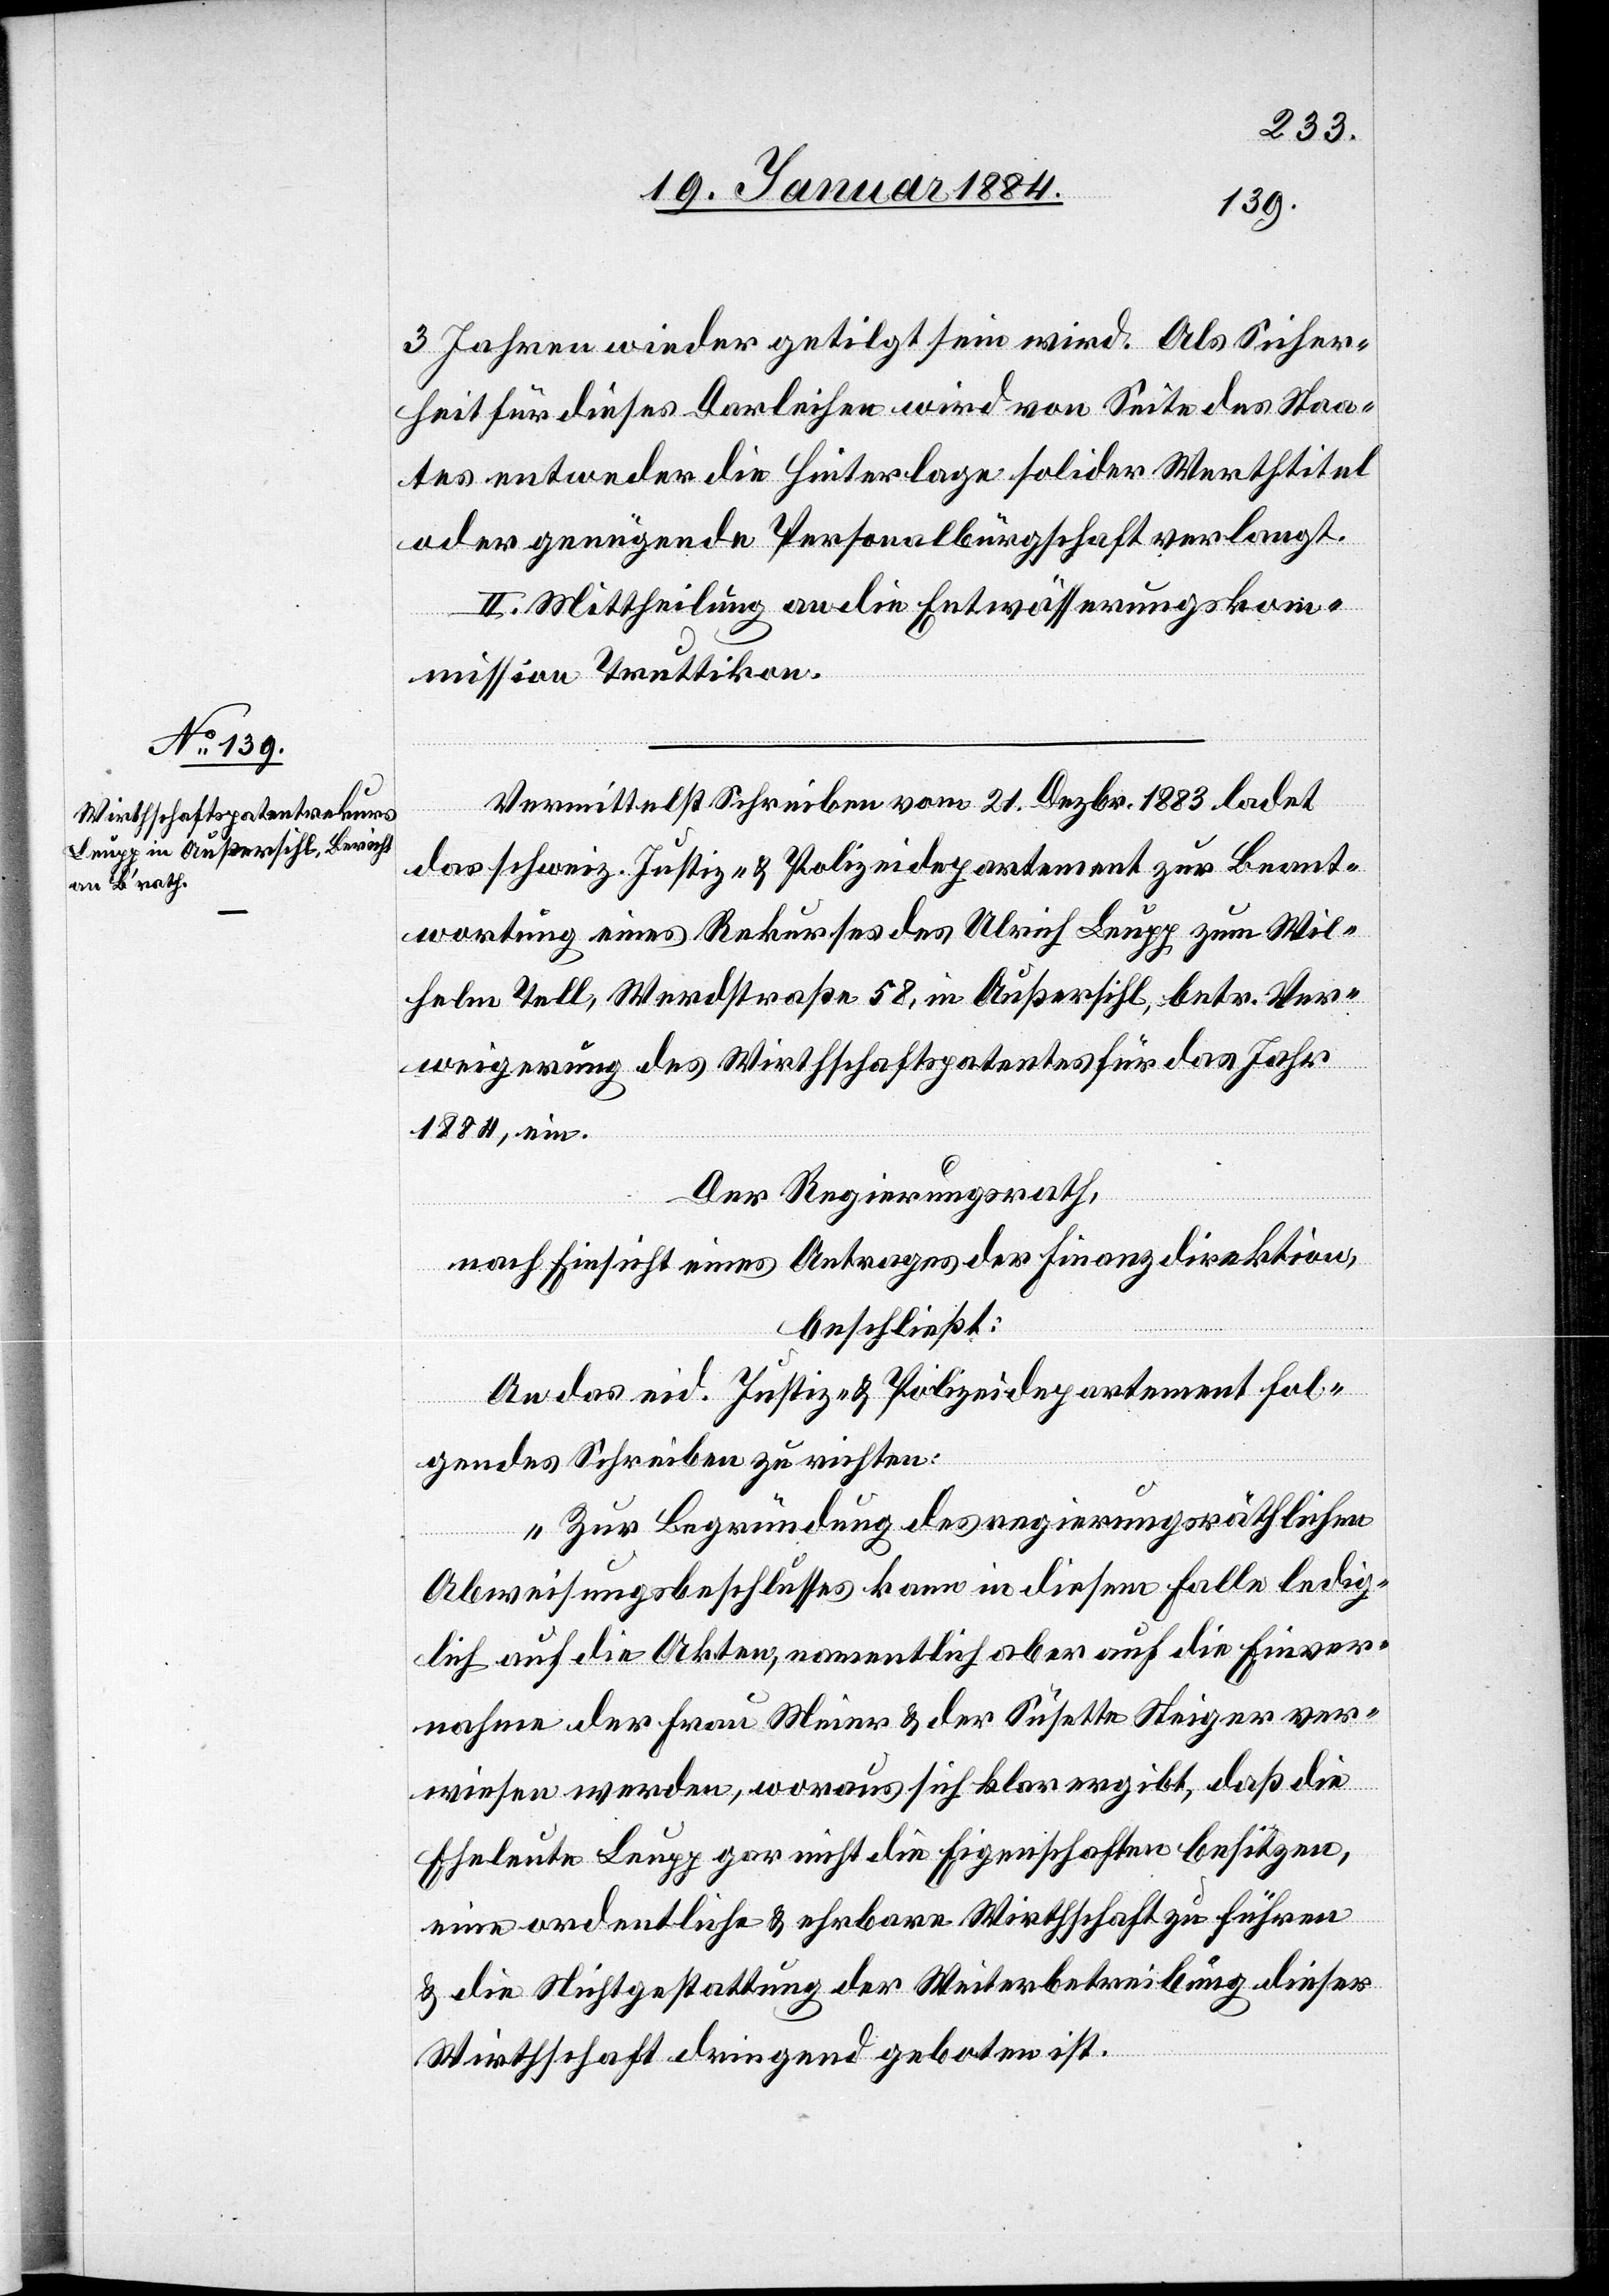
3 Jahren wieder getilgt sein wird. Als Sicher¬
heit für dieses Darleihen wird von Seite des Staa¬
tes entweder die Hinterlage solider Werthtitel
oder genügende Personalbürgschaft verlangt.
II. Mittheilung an die Entwässerungskom¬
mission Truttikon.
Vermittelst Schreiben vom 21. Dezbr. 1883 ladet
das schweiz. Justiz- & Polizeidepartement zur Beant¬
wortung eines Rekurses des Ulrich Leugg zum Wil¬
helm Tell, Werdstraße 58, in Außersihl, betr. Ver¬
weigerung des Wirthschaftspatentes für das Jahr
1884, ein.
Der Regierungsrath,
nach Einsicht eines Antrages der Finanzdirektion,
beschließt:
An das eid. Justiz- & Polizeidepartement fol¬
gendes Schreiben zu richten:
„Zur Begründung des regierungsräthlichen
Abweisungsbeschlusses kann in diesem Falle ledig¬
lich auf die Akten, namentlich aber auf die Einver¬
nahme der Frau Meier & der Susette Steiger ver¬
wiesen werden, woraus sich klar ergibt, daß die
Eheleute Leugg gar nicht die Eigenschaften besitzen,
eine ordentliche & ehrbare Wirthschaft zu führen
& die Nichtgestattung der Weiterbetreibung dieser
Wirthschaft dringen geboten ist.